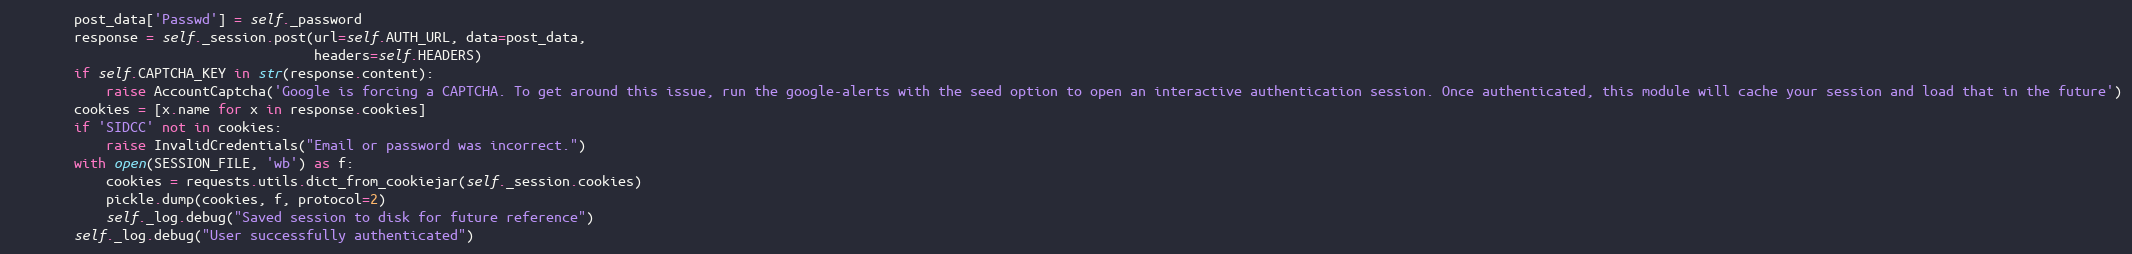
Language: Python
        post_data['Passwd'] = self._password
        response = self._session.post(url=self.AUTH_URL, data=post_data,
                                      headers=self.HEADERS)
        if self.CAPTCHA_KEY in str(response.content):
            raise AccountCaptcha('Google is forcing a CAPTCHA. To get around this issue, run the google-alerts with the seed option to open an interactive authentication session. Once authenticated, this module will cache your session and load that in the future')
        cookies = [x.name for x in response.cookies]
        if 'SIDCC' not in cookies:
            raise InvalidCredentials("Email or password was incorrect.")
        with open(SESSION_FILE, 'wb') as f:
            cookies = requests.utils.dict_from_cookiejar(self._session.cookies)
            pickle.dump(cookies, f, protocol=2)
            self._log.debug("Saved session to disk for future reference")
        self._log.debug("User successfully authenticated")